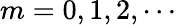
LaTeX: m=0,1,2,\cdots